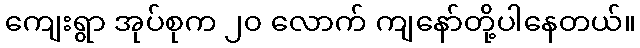
ကျေးရွာ အုပ်စုက ၂၀ လောက် ကျနော်တို့ပါနေတယ်။